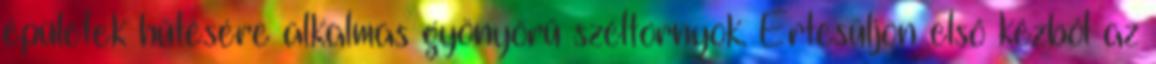
épületek hűtésére alkalmas gyönyörű széltornyok. Értesüljön első kézből az